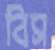
বিস